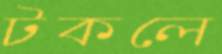
টকলে